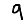
Digit: 9